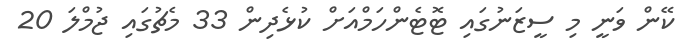
ކޭން ވަނީ މި ސީޒަނުގައި ޓޮޓެންހަމްއަށް ކުޅެދިން 33 މެޗުގައި ޖުމްލަ 20